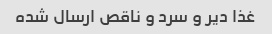
غذا دیر و سرد و ناقص ارسال شده